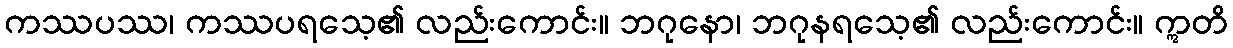
ကဿပဿ၊ ကဿပရသေ့၏ လည်းကောင်း။ ဘဂုနော၊ ဘဂုနရသေ့၏ လည်းကောင်း။ ဣတိ